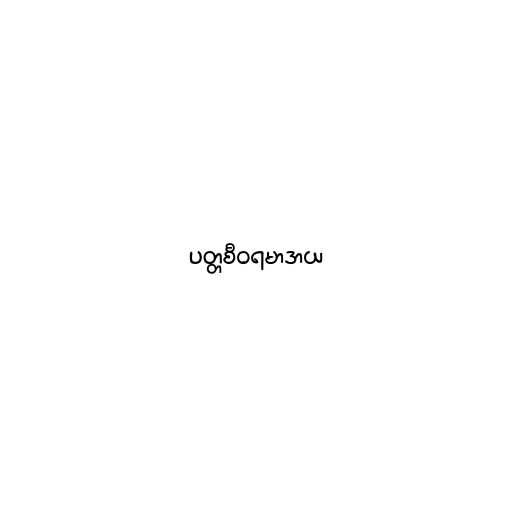
ပတ္တစီဝရမာဒာယ